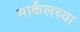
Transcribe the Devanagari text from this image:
मार्कलच्या